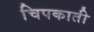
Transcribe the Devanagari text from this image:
चिपकाती